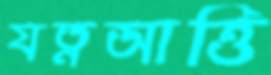
যত্নআত্তি